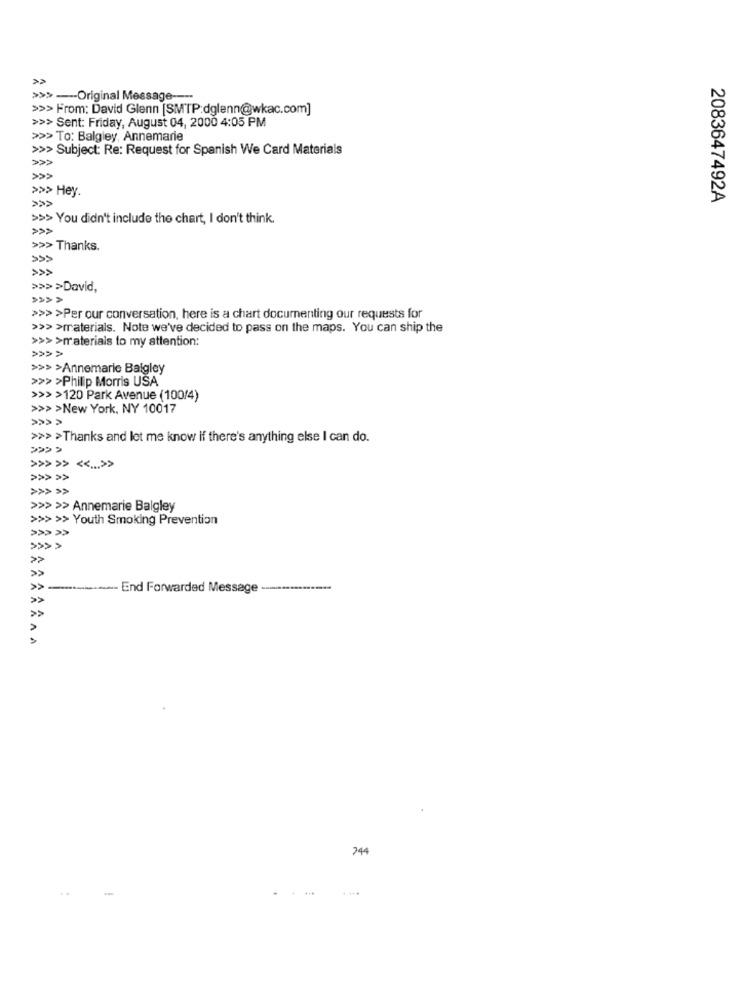
>>> --- Original Message ----
>>> From: David Glenn [SMTP:dglenn@wkac.com]
>>> Sent: Friday, August 04, 2000 4:05 PM
>>> To: Balgiey, Annemarie
>>> Subject: Re: Request for Spanish We Card Materials
>>>
>>> Hey.
2083647492A
>>> You didn't include the chart, I don't think.
>>>
>>> Thanks.
>>> >David,
>>>>
>>> >Per our conversation, here is a chart documenting our requests for
>>> >materials. Note we've decided to pass on the maps. You can ship the
>>> >materials to my attention:
>>>>
>>> >Annemarie Baigley
>>> >Philip Morris USA
>>>>120 Park Avenue (100/4)
>>>>New York, NY 10017
>>>>Thanks and let me know if there's anything else I can do.
>>> >> <<... >>
>>> >>
>>> >> Annemarie Balgley
>>> >> Youth Smoking Prevention
>>>>
>>
»
----- End Forwarded Message
244